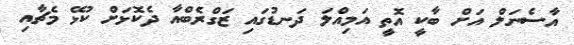
އާސެނަލް އަށް ބާކީ އޮތީ އަމިއްލަ ދަނޑުގައި ޒަގްރެބްއާ ދެކޮޅަށް ކުޅޭ މެޗާއި